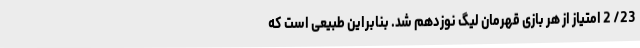
23/ 2 امتیاز از هر بازی قهرمان لیگ نوزدهم شد. بنابراین طبیعی است که